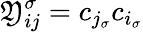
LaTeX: \mathfrak{Y}_{ij}^{\sigma}=c_{{j_{\sigma}}}c_{{i_{\sigma}}}